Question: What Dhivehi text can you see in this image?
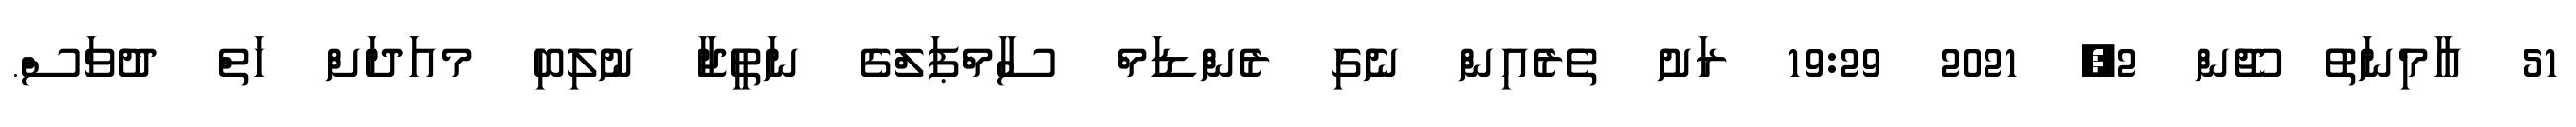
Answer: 51 އާމިނަތު ޖޫން 2, 2021 19:29 ރަށު ތެރެއިން ނެގި ރެންޑަމް ސާމްޕަލްގެ ނަތީޖާ ނުލިބި މއަދަށް ހަތް ދުވަސް.